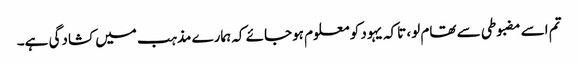
تم اسے مضبوطی سے تھام لو، تاکہ یہود کو معلوم ہوجائے کہ ہمارے مذہب میں کشادگی ہے۔